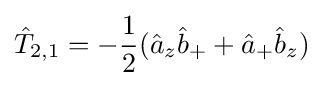
{\hat {T}}_{2,1}=-{\frac {1}{2}}({\hat {a}}_{z}{\hat {b}}_{+}+{\hat {a}}_{+}{\hat {b}}_{z})